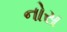
નોસ